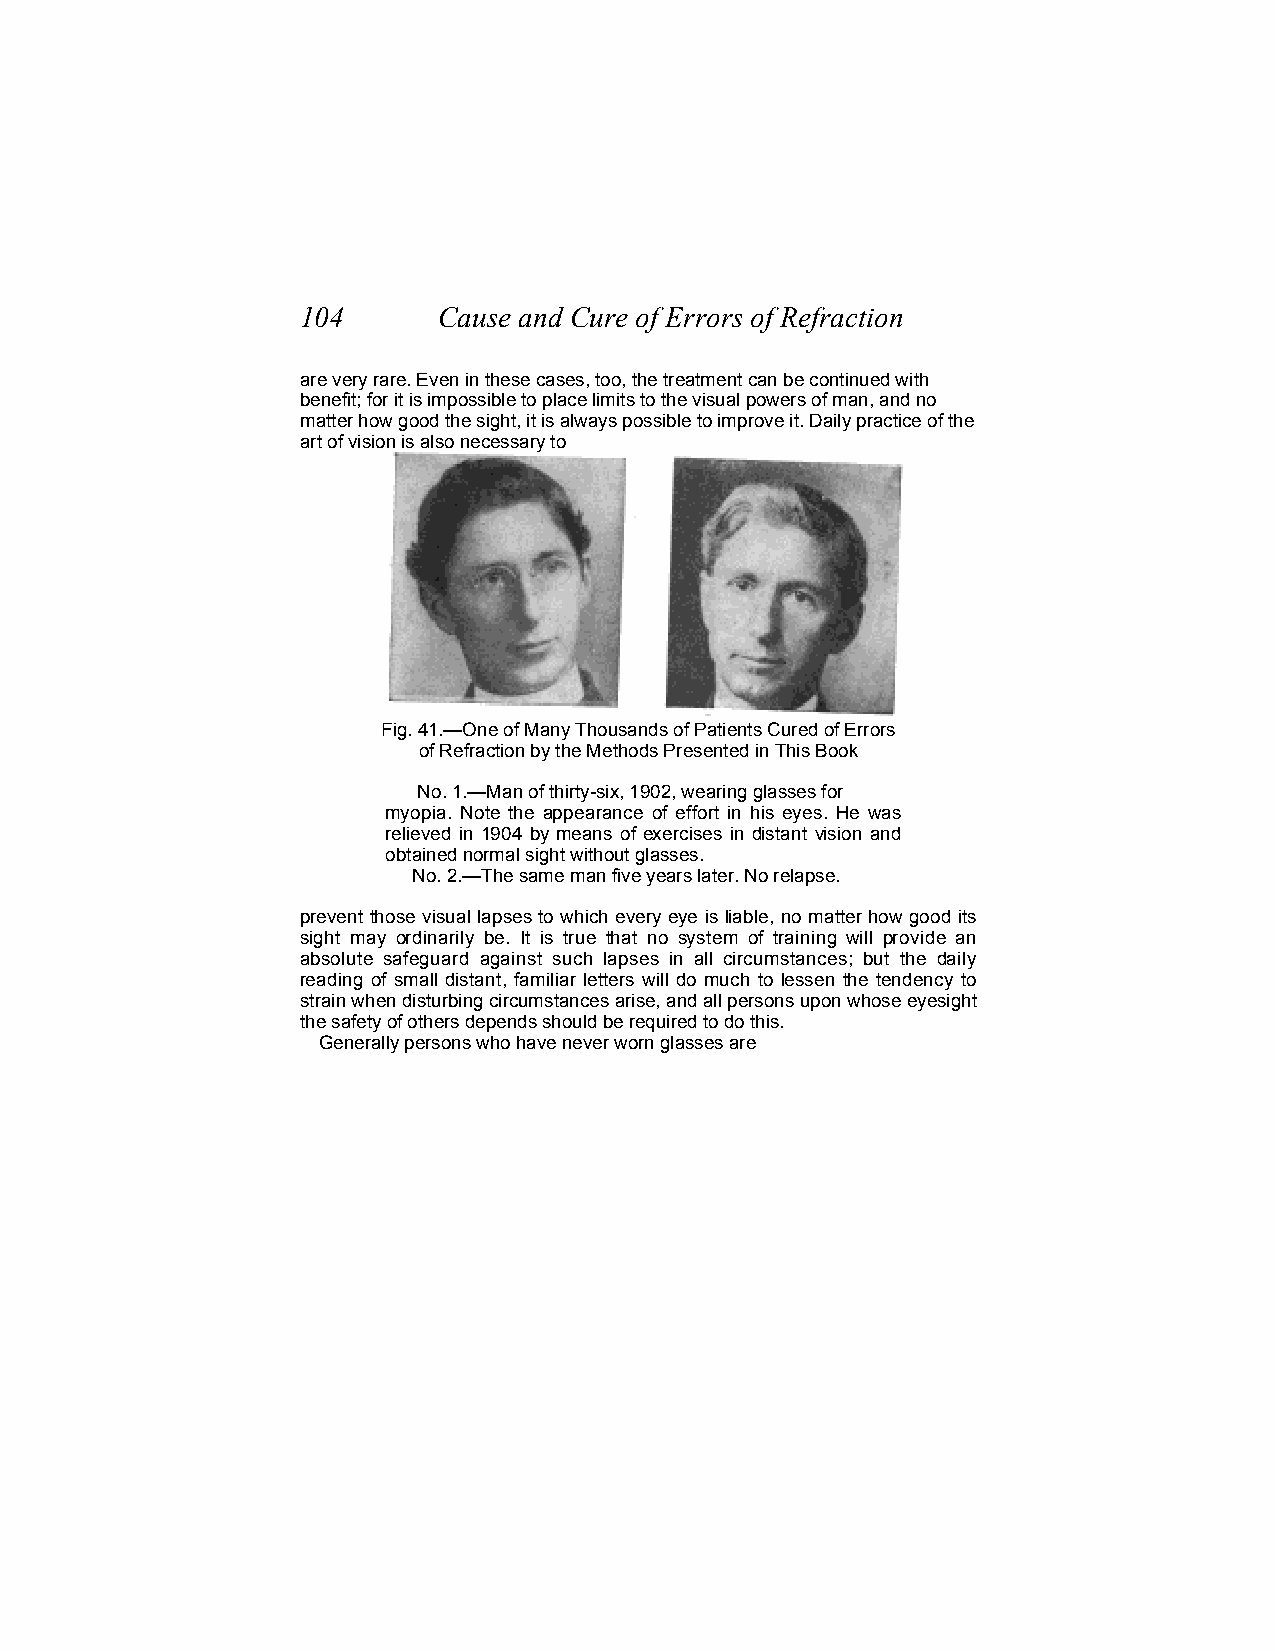
104      Cause and Cure of Errors of Refraction
 are very rare. Even in these cases, too, the treatment can be continued with
 benefit; for it is impossible to place limits to the visual powers of man, and no
 matter how good the sight, it is always possible to improve it. Daily practice of the
 art of vision is also necessary to
 Fig. 41.—One of Many Thousands of Patients Cured of Errors
 of Refraction by the Methods Presented in This Book
 No. 1.—Man of thirty-six, 1902, wearing glasses for
 myopia. Note the appearance of effort in his eyes. He was
 relieved in 1904 by means of exercises in distant vision and
 obtained normal sight without glasses.
 No. 2.—The same man five years later. No relapse.
 prevent those visual lapses to which every eye is liable, no matter how good its
 sight may ordinarily be. It is true that no system of training will provide an
 absolute safeguard against such lapses in all circumstances; but the daily
 reading of small distant, familiar letters will do much to lessen the tendency to
 strain when disturbing circumstances arise, and all persons upon whose eyesight
 the safety of others depends should be required to do this.
 Generally persons who have never worn glasses are